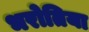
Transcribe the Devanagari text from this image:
भरोतिया